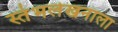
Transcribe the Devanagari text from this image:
स्तंभलेखनाला